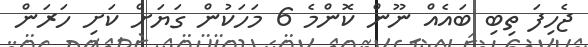
ޖެހިފަ ތިބި ބައެއް ނޫން ކޮންމެ 6 މަހަކުން ގަޔަށް ކަށި ހަރަން